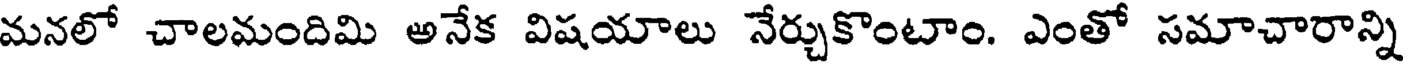
మనలో చాలమందిమి అనేక విషయాలు నేర్చుకొంటాం. ఎంతో సమాచారాన్ని